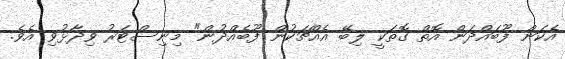
އެކަން ފޫބައްދަން އޮތް ގޮތަކީ ލިބޭ އެއްޗަކުން ފޫބެއްދުން" މިނިސްޓަރު ވިދާޅުވި އެވެ.